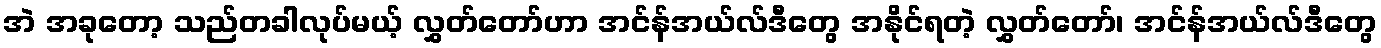
အဲ အခုတော့ သည်တခါလုပ်မယ့် လွှတ်တော်ဟာ အင်န်အယ်လ်ဒီတွေ အနိုင်ရတဲ့ လွှတ်တော်၊ အင်န်အယ်လ်ဒီတွေ